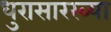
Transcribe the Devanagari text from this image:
धुरासारख्या